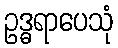
ဥဒ္ဓရာပေသုံ